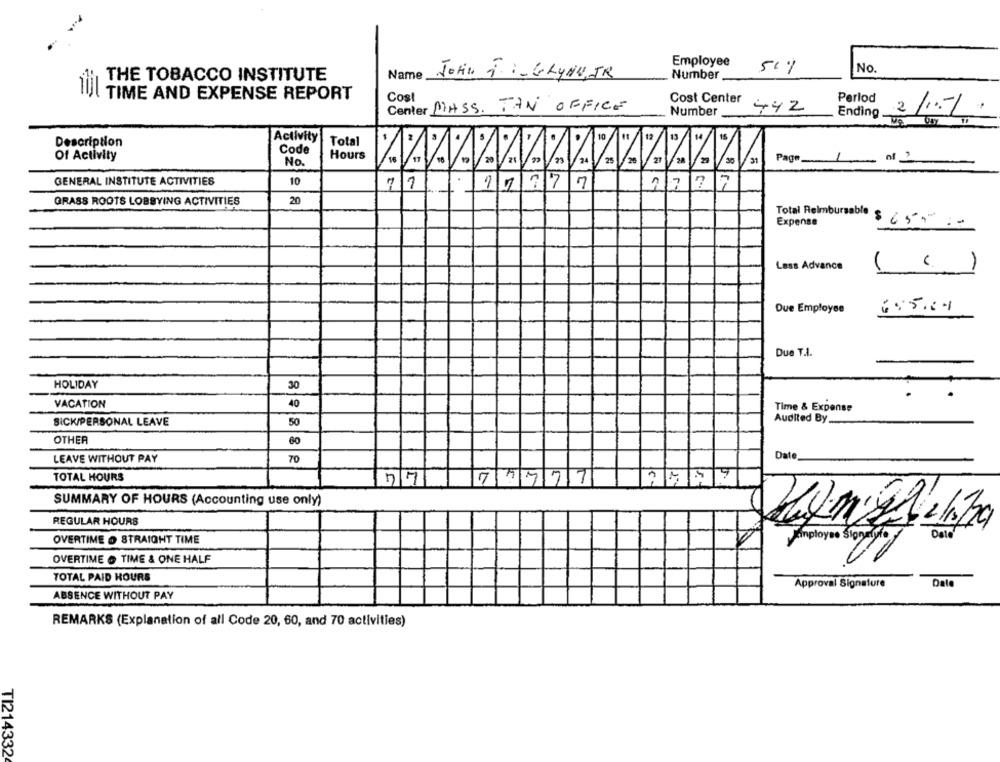
Employee
50%
No.
Name
John J .- GLYNN, JR
Number
THE TOBACCO INSTITUTE
TU TIME AND EXPENSE REPORT
Cost
Cost Center
Perlod
Center MASS. TAN OFFICE
Number
442
Ending
2/11
Activity
10
12
Description
Total
Code
Of Activity
Hours
20
21
30
31
Page
No.
GENERAL INSTITUTE ACTIVITIES
10
17777
71
r-
20
GRASS ROOTS LOBBYING ACTIVITIES
Total Reimbursable
Expense
$65= ==
Lass Advance
( ()
Due Employee
655.11
Due T.I.
HOLIDAY
30
VACATION
40
Time & Expense
Audited By.
SICK/PERSONAL LEAVE
50
OTHER
60
LEAVE WITHOUT PAY
Date
70
TOTAL HOURS
77
71777
SUMMARY OF HOURS (Accounting use only)
REGULAR HOURS
1
OVERTIME . STRAIGHT TIME
Employee Sont
OVERTIME O TIME & ONE HALF
TOTAL PAID HOURS
Approval Signature
Date
ABSENCE WITHOUT PAY
REMARKS (Explanation of all Code 20, 60, and 70 activities)
TI214332